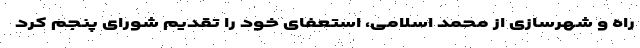
راه و شهرسازی از محمد اسلامی، استعفای خود را تقدیم شورای پنجم کرد